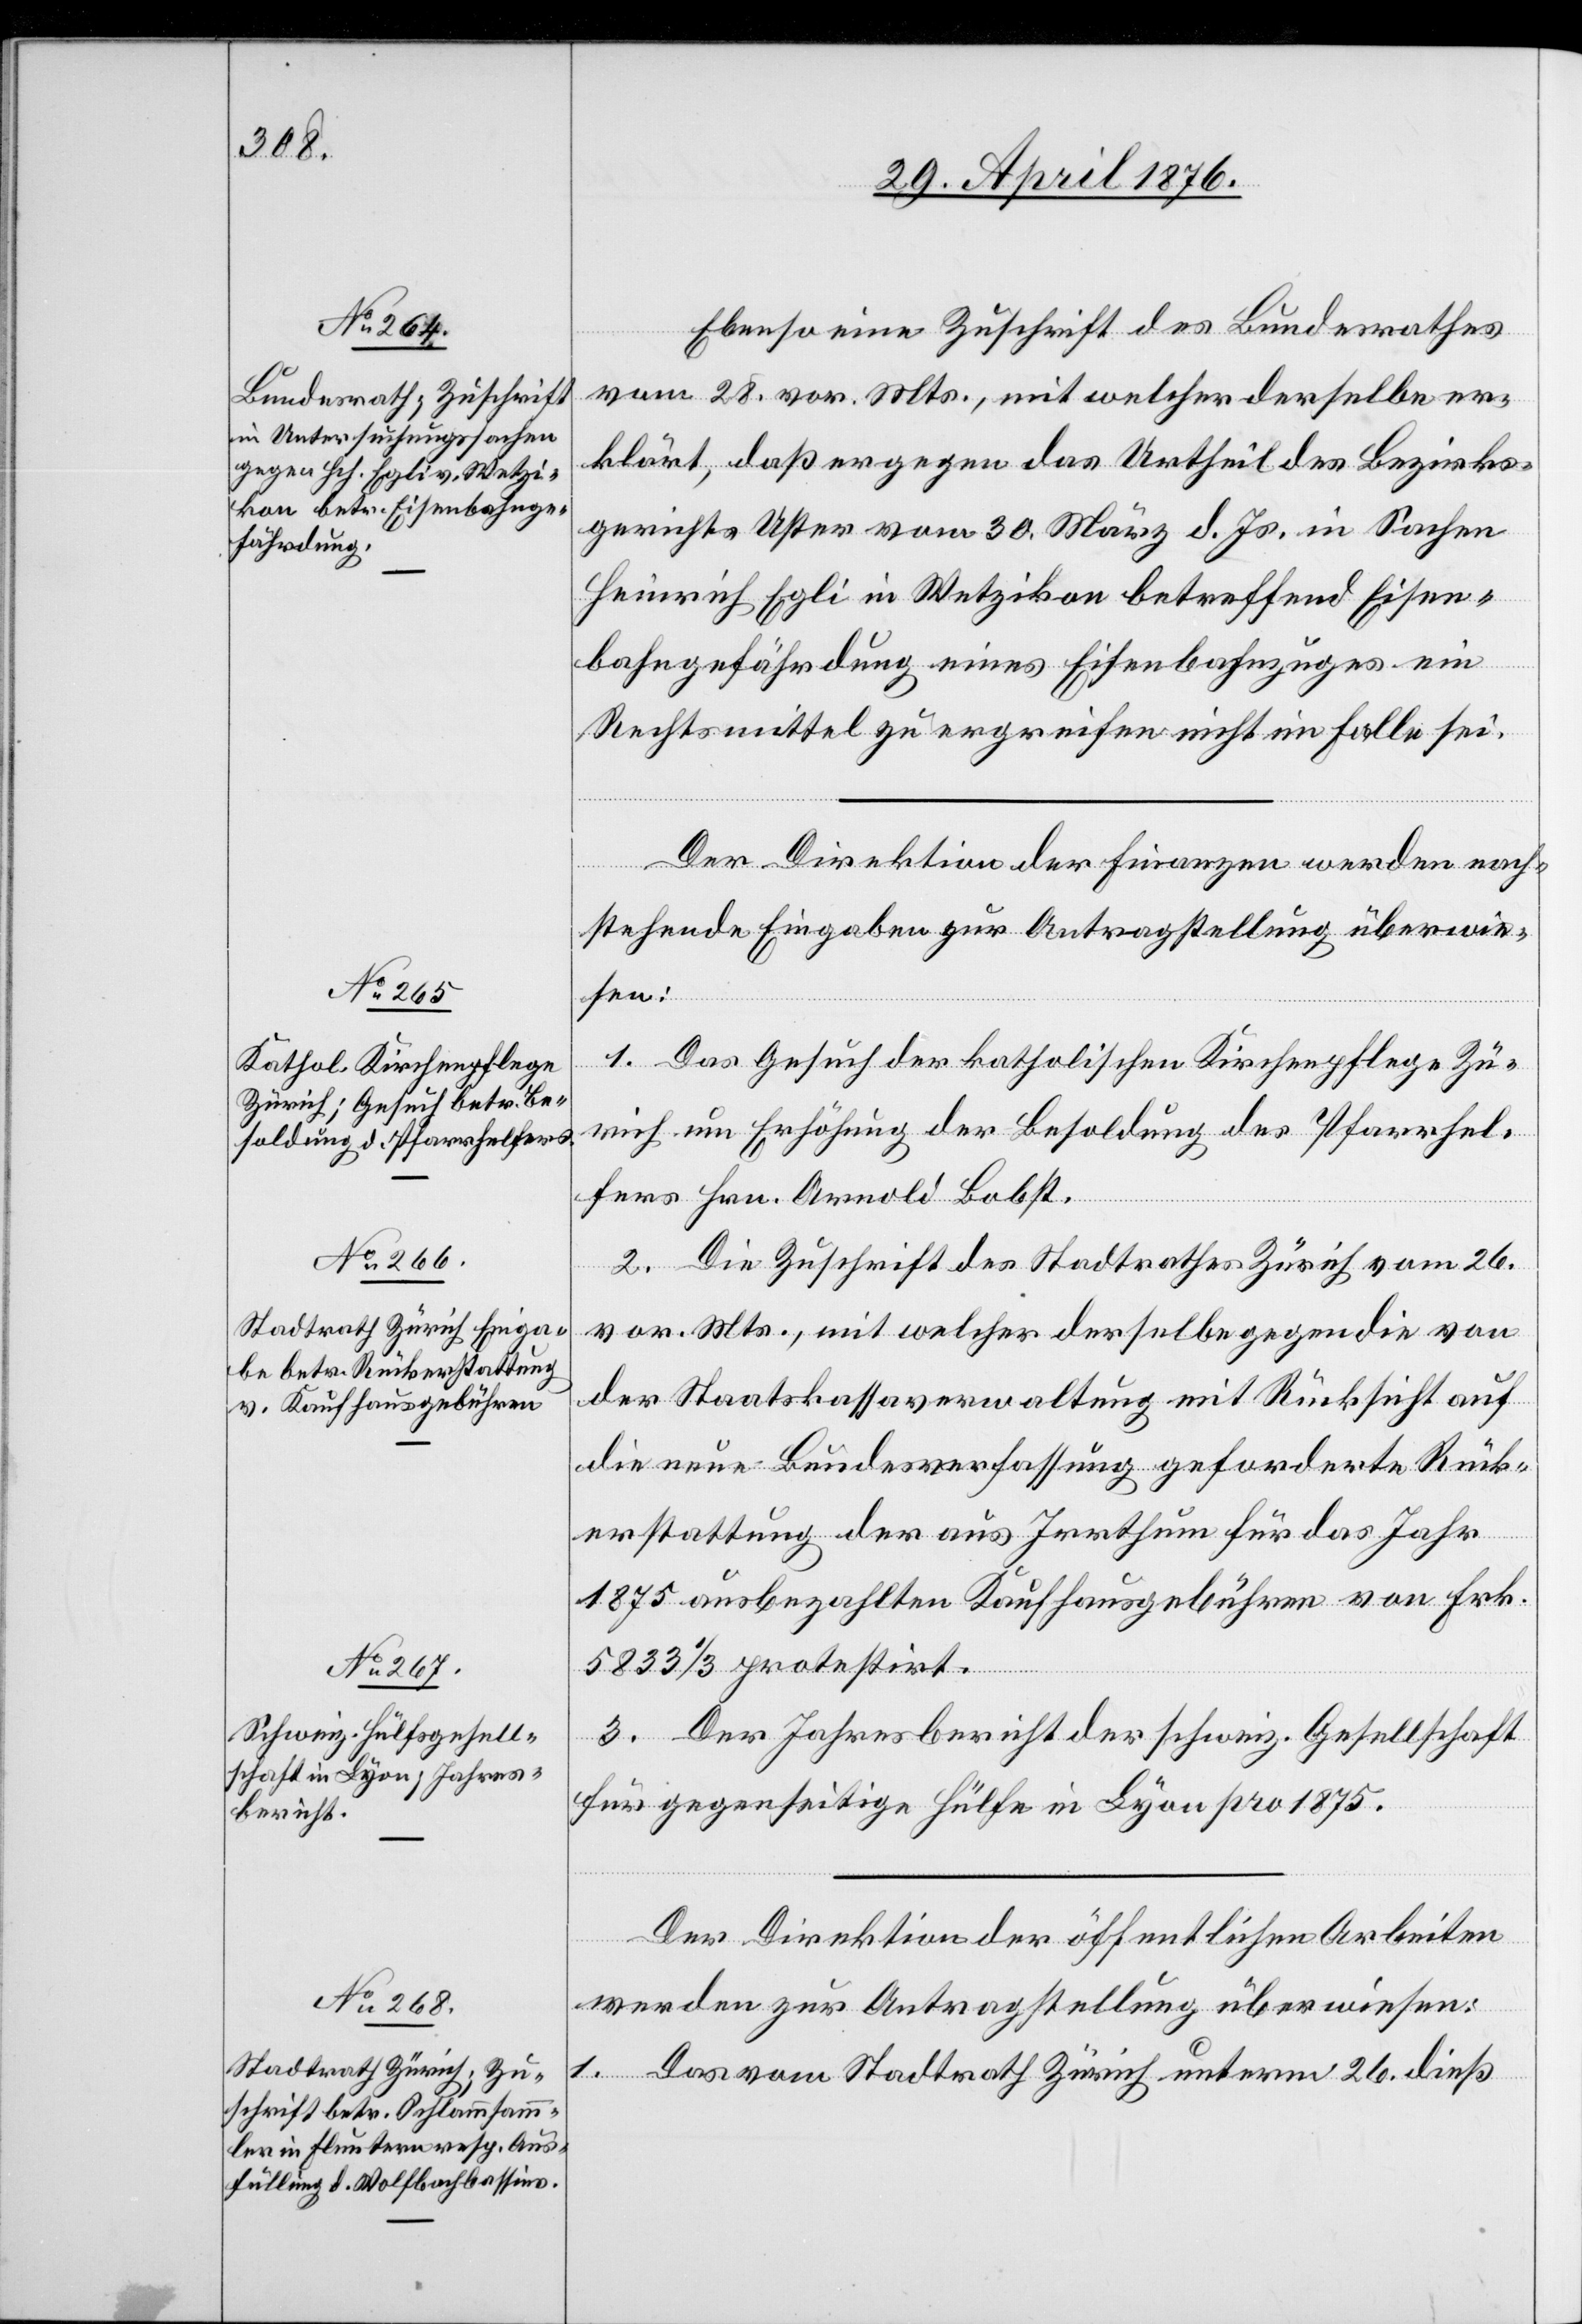
Ebenso eine Zuschrift des Bundesrathes
vom 28. vor. Mts., mit welcher derselbe er¬
klärt, daß er gegen das Urtheil des Bezirks¬
gerichtes Uster vom 30. März d. Js. in Sachen
Heinrich Egli in Wetzikon betreffend Eisen¬
bahngefährdung eines Eisenbahnzuges ein
Rechtsmittel zu ergreifen nicht im Falle sei.
Der Direktion der Finanzen werden nach¬
stehende Eingaben zur Antragstellung überwie¬
sen:
1. Das Gesuch der katholischen Kirchenpflege Zü¬
rich um Erhöhung der Besoldung des Pfarrhel¬
fers Hrn. Arnold Bobst.
2. Die Zuschrift des Stadtrathes Zürich vom 26.
vor. Mts., mit welcher derselbe gegen die von
der Staatskassaverwaltung mit Rücksicht auf
die neue Bundesverfassung geforderte Rück¬
erstattung der aus Irrthum für das Jahr
1875 ausbezahlten Kaufhausgebüren von Frk.
5833 1/3 protestiert.
3. Der Jahresbericht der schweiz. Gesellschaft
für gegenseitige Hülfe in Lyon pro 1875.
Der Direktion der öffentlichen Arbeiten
werden zur Antragstellung überwiesen:
1. Das vom Stadtrath Zürich unterm 26. dieß